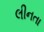
લીનતા